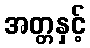
အတ္တနှင့်